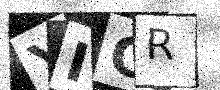
Text: YICR